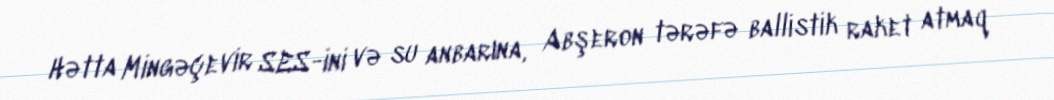
Hətta Mingəçevir SES-ini və su anbarına, Abşeron tərəfə ballistik raket atmaq